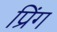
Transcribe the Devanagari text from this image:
प्रिंग